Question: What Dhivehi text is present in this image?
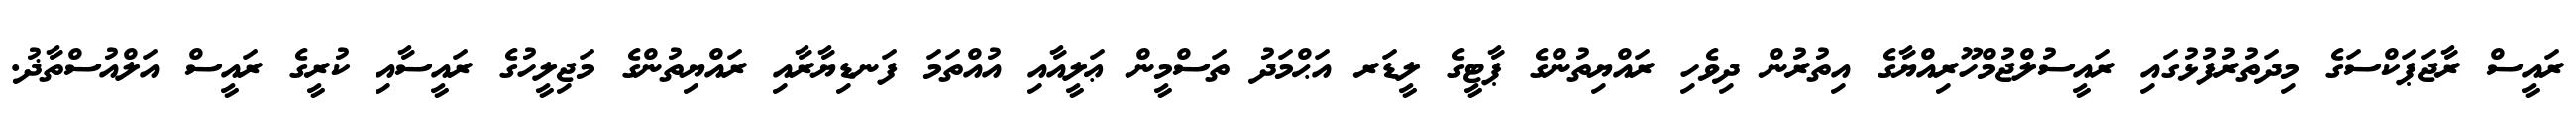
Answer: ރައީސް ރާޖަޕަކްސަގެ މިދަތުރުފުޅުގައި ރައީސުލްޖުމްހޫރިއްޔާގެ އިތުރުން ދިވެހި ރައްޔިތުންގެ ޕާޓީގެ ލީޑަރ އަޙްމަދު ތަސްމީން ޢަލީއާއި އުއްތަމަ ފަނޑިޔާރާއި ރައްޔިތުންގެ މަޖިލީހުގެ ރައީސާއި ކުރީގެ ރައީސް އަލްއުސްތާޛު.